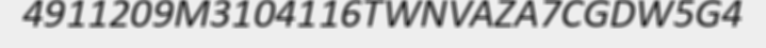
4911209M3104116TWNVAZA7CGDW5G4